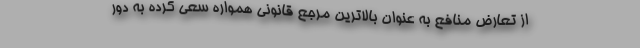
از تعارض منافع به عنوان بالاترین مرجع قانونی همواره سعی کرده به دور